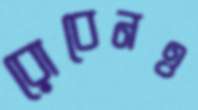
রোবেনও